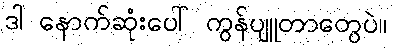
ဒါ နောက်ဆုံးပေါ် ကွန်ပျူတာတွေပဲ။